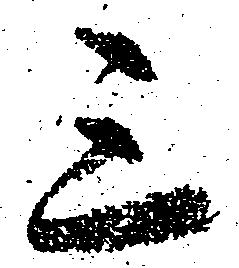
三